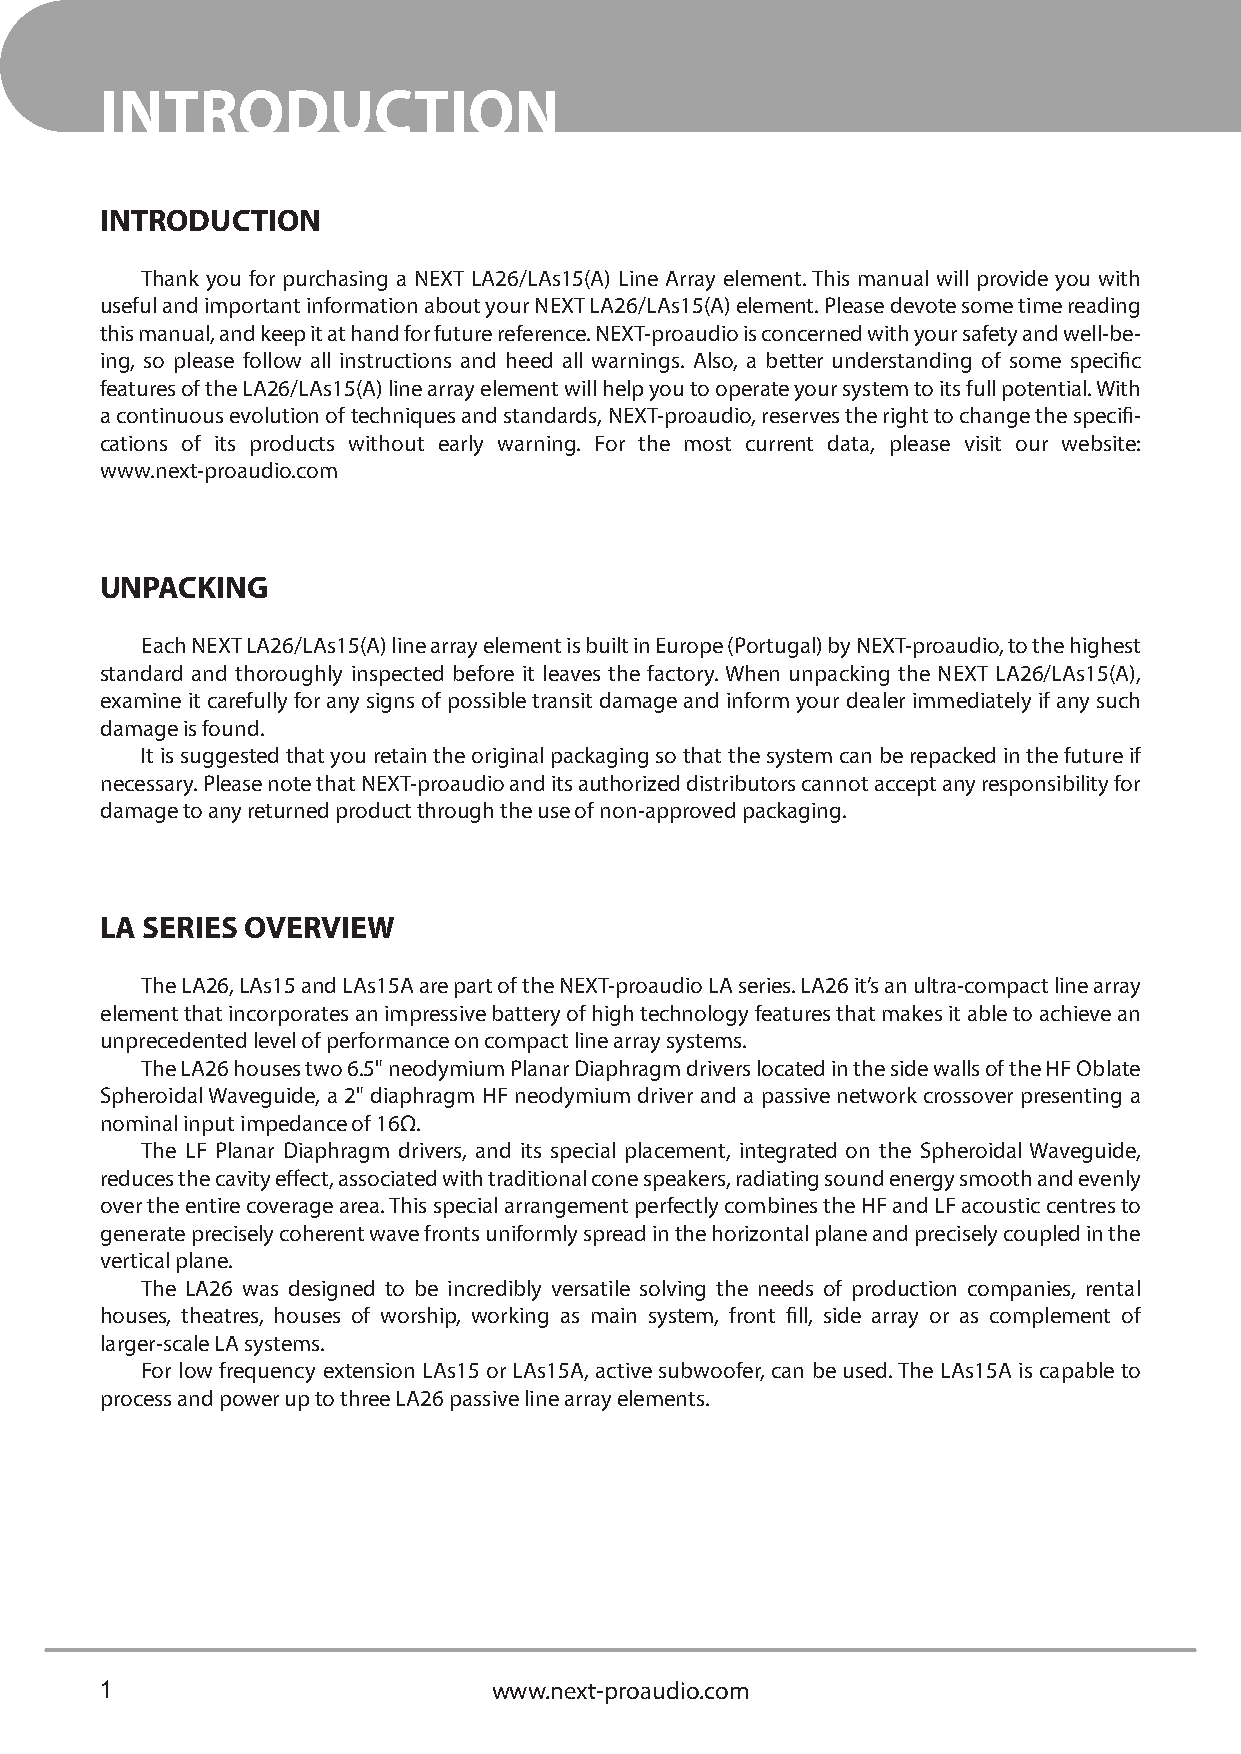
INTRODUCTION
 INTRODUCTION
 Thank you for purchasing a NEXT LA26/LAs15(A) Line Array element. This manual will provide you with
 useful and important information about your NEXT LA26/LAs15(A) element. Please devote some time reading
 this manual, and keep it at hand for future reference. NEXT-proaudio is concerned with your safety and well-be-
 ing, so please follow all instructions and heed all warnings. Also, a better understanding of some specific
 features of the LA26/LAs15(A) line array element will help you to operate your system to its full potential. With
 a continuous evolution of techniques and standards, NEXT-proaudio, reserves the right to change the specifi-
 cations of its products without early warning. For the most current data, please visit our website:
 www.next-proaudio.com
 UNPACKING
 Each NEXT LA26/LAs15(A) line array element is built in Europe (Portugal) by NEXT-proaudio, to the highest
 standard and thoroughly inspected before it leaves the factory. When unpacking the NEXT LA26/LAs15(A),
 examine it carefully for any signs of possible transit damage and inform your dealer immediately if any such
 damage is found.
 It is suggested that you retain the original packaging so that the system can be repacked in the future if
 necessary. Please note that NEXT-proaudio and its authorized distributors cannot accept any responsibility for
 damage to any returned product through the use of non-approved packaging.
 LA SERIES OVERVIEW
 The LA26, LAs15 and LAs15A are part of the NEXT-proaudio LA series. LA26 it’s an ultra-compact line array
 element that incorporates an impressive battery of high technology features that makes it able to achieve an
 unprecedented level of performance on compact line array systems.
 The LA26 houses two 6.5" neodymium Planar Diaphragm drivers located in the side walls of the HF Oblate
 Spheroidal Waveguide, a 2" diaphragm HF neodymium driver and a passive network crossover presenting a
 nominal input impedance of 16Ω.
 The LF Planar Diaphragm drivers, and its special placement, integrated on the Spheroidal Waveguide,
 reduces the cavity effect, associated with traditional cone speakers, radiating sound energy smooth and evenly
 over the entire coverage area. This special arrangement perfectly combines the HF and LF acoustic centres to
 generate precisely coherent wave fronts uniformly spread in the horizontal plane and precisely coupled in the
 vertical plane.
 The LA26 was designed to be incredibly versatile solving the needs of production companies, rental
 houses, theatres, houses of worship, working as main system, front fill, side array or as complement of
 larger-scale LA systems.
 For low frequency extension LAs15 or LAs15A, active subwoofer, can be used. The LAs15A is capable to
 process and power up to three LA26 passive line array elements.
 1                         www.next-proaudio.com